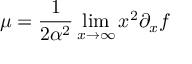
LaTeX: \mu = \frac { 1 } { 2 \alpha ^ { 2 } } \operatorname * { l i m } _ { x \to \infty } x ^ { 2 } \partial _ { x } f